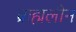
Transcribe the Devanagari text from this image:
ब्राह्मलीन